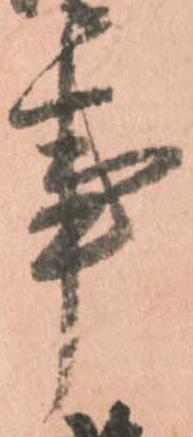
事